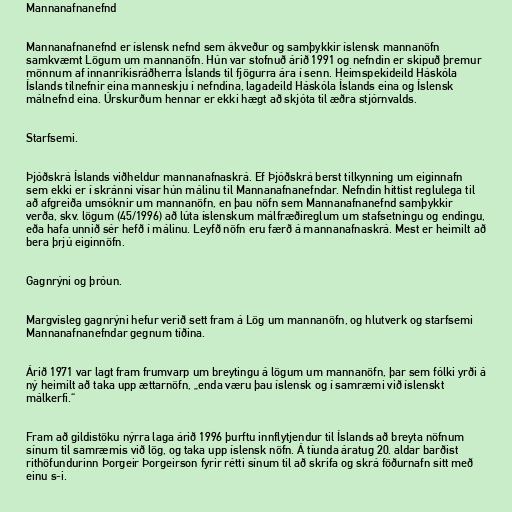
Mannanafnanefnd

Mannanafnanefnd er íslensk nefnd sem ákveður og samþykkir íslensk mannanöfn
samkvæmt Lögum um mannanöfn. Hún var stofnuð árið 1991 og nefndin er skipuð þremur
mönnum af innanríkisráðherra Íslands til fjögurra ára í senn. Heimspekideild Háskóla
Íslands tilnefnir eina manneskju í nefndina, lagadeild Háskóla Íslands eina og Íslensk
málnefnd eina. Úrskurðum hennar er ekki hægt að skjóta til æðra stjórnvalds.

Starfsemi.

Þjóðskrá Íslands viðheldur mannanafnaskrá. Ef Þjóðskrá berst tilkynning um eiginnafn
sem ekki er í skránni vísar hún málinu til Mannanafnanefndar. Nefndin hittist reglulega til
að afgreiða umsóknir um mannanöfn, en þau nöfn sem Mannanafnanefnd samþykkir
verða, skv. lögum (45/1996) að lúta íslenskum málfræðireglum um stafsetningu og endingu,
eða hafa unnið sér hefð í málinu. Leyfð nöfn eru færð á mannanafnaskrá. Mest er heimilt að
bera þrjú eiginnöfn.

Gagnrýni og þróun.

Margvísleg gagnrýni hefur verið sett fram á Lög um mannanöfn, og hlutverk og starfsemi
Mannanafnanefndar gegnum tíðina.

Árið 1971 var lagt fram frumvarp um breytingu á lögum um mannanöfn, þar sem fólki yrði á
ný heimilt að taka upp ættarnöfn, „enda væru þau íslensk og í samræmi við íslenskt
málkerfi.“

Fram að gildistöku nýrra laga árið 1996 þurftu innflytjendur til Íslands að breyta nöfnum
sínum til samræmis við lög, og taka upp íslensk nöfn. Á tíunda áratug 20. aldar barðist
rithöfundurinn Þorgeir Þorgeirson fyrir rétti sínum til að skrifa og skrá föðurnafn sitt með
einu s-i.